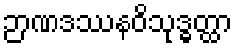
ဉာဏဒဿနဝိသုဒ္ဓတ္ထာ